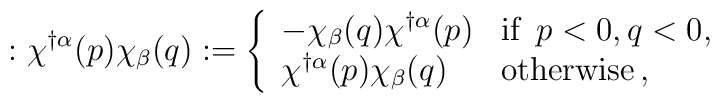
: \chi^{\dagger\alpha}(p) \chi_{\beta}(q) : = \left\{ \begin{array}{ll} -\chi_{\beta} (q) \chi^{\dagger\alpha}(p) & \mbox{if}\enspace  p<0, q<0, \\\chi^{\dagger\alpha}(p) \chi_{\beta}(q) & \mbox{otherwise} \, ,\\\end{array} \right.